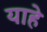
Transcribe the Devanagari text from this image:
याहे